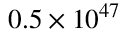
0 . 5 \times 1 0 ^ { 4 7 }